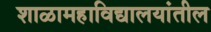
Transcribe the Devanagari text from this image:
शाळामहाविद्यालयांतील